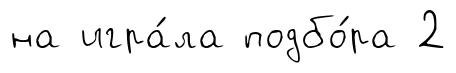
на игра́ла подбо́ра 2